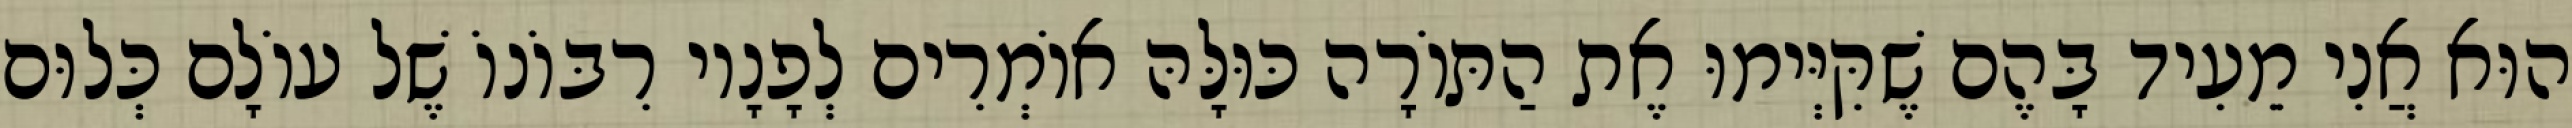
הוּא אֲנִי מֵעִיד בָּהֶם שֶׁקִּיְּימוּ אֶת הַתּוֹרָה כּוּלָּהּ אוֹמְרִים לְפָנָיו רִבּוֹנוֹ שֶׁל עוֹלָם כְּלוּם